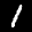
Label: 1